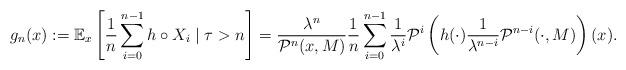
LaTeX: \begin{align*} g_n(x) &:= \mathbb E_x\left[\frac{1}{n}\sum_{i=0}^{n-1} h\circ X_i \mid \tau >n\right]= \frac{\lambda^n}{\mathcal P^n(x,M)} \frac{1}{n}\sum_{i=0}^{n-1} \frac{1}{\lambda^i} \mathcal P^i\left(h(\cdot) \frac{1}{\lambda^{n-i}}\mathcal P^{n-i}(\cdot,M)\right)(x).\end{align*}